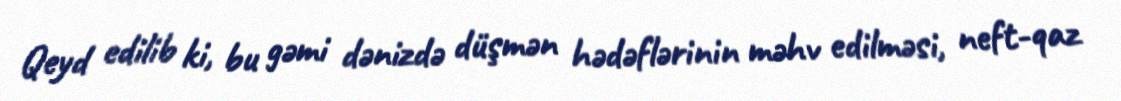
Qeyd edilib ki, bu gəmi dənizdə düşmən hədəflərinin məhv edilməsi, neft-qaz